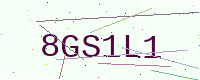
Text: 8GS1L1